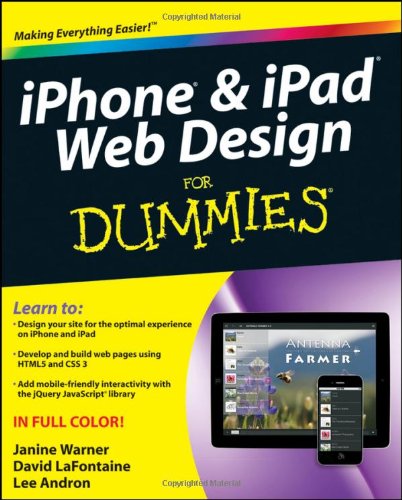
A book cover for iPhone and iPad Web Design For Dummies; Janine Warner; Computers & Technology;